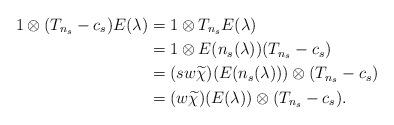
LaTeX: \begin{align*}1\otimes (T_{n_s} - c_s)E(\lambda) & = 1\otimes T_{n_s}E(\lambda)\\ & = 1\otimes E(n_s(\lambda))(T_{n_s} - c_s)\\& = (sw\widetilde{\chi})(E(n_s(\lambda)))\otimes (T_{n_s} - c_s)\\ & = (w\widetilde{\chi})(E(\lambda))\otimes (T_{n_s} - c_s).\end{align*}